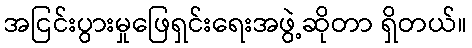
အငြင်းပွားမှုဖြေရှင်းရေးအဖွဲ့ဆိုတာ ရှိတယ်။